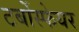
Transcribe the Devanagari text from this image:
टर्बोस्फेयर